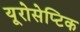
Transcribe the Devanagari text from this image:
यूरोसेप्टिक